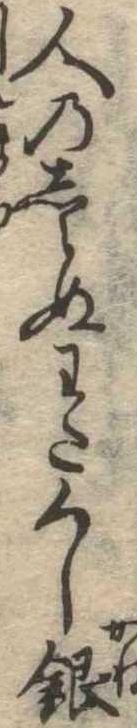
人のしらぬわたくし銀